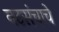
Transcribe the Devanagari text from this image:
नटसंचाचे